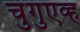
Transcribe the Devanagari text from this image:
चुगुएव्ह